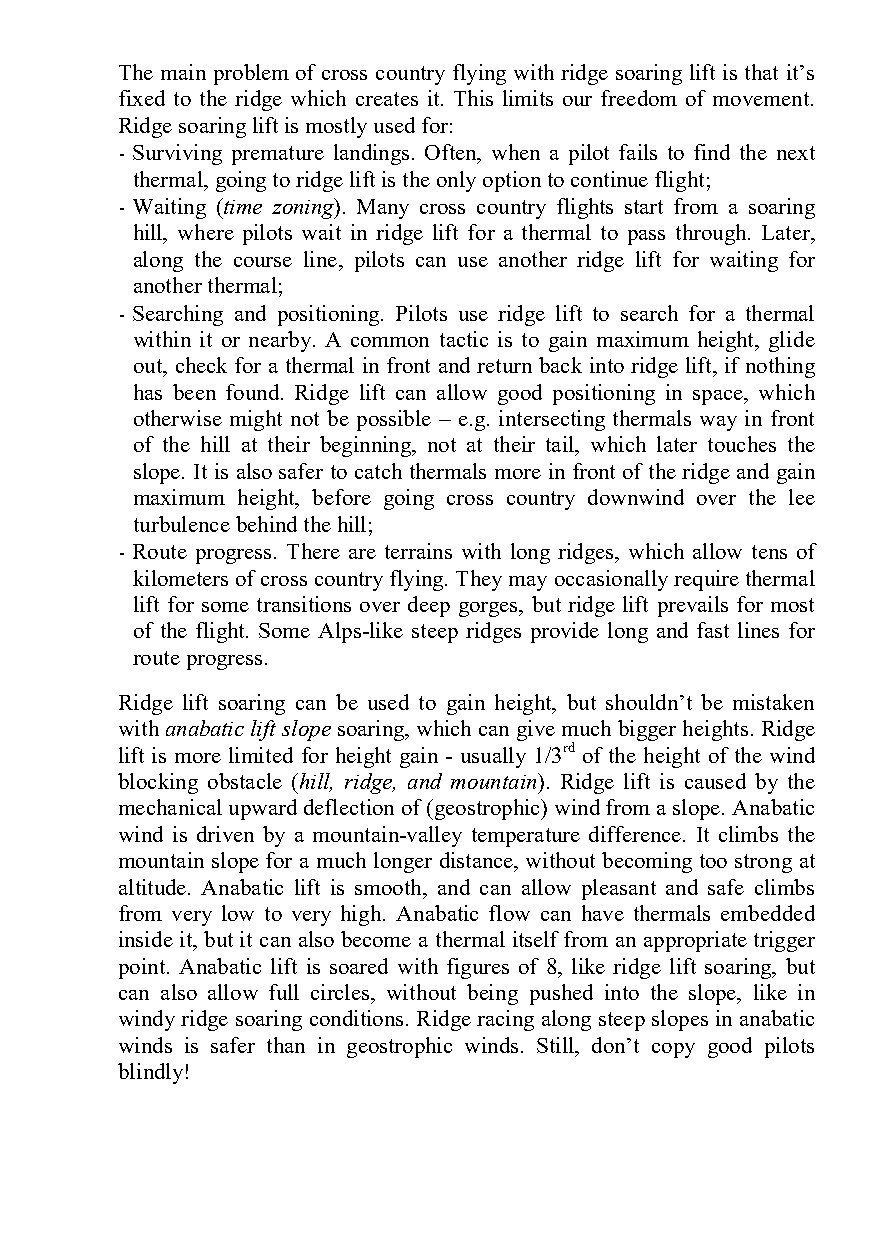
The main problem of cross country flying with ridge soaring lift is that it’s
 fixed to the ridge which creates it. This limits our freedom of movement.
 Ridge soaring lift is mostly used for:
 - Surviving premature landings. Often, when a pilot fails to find the next
 thermal, going to ridge lift is the only option to continue flight;
 - Waiting (time zoning). Many cross country flights start from a soaring
 hill, where pilots wait in ridge lift for a thermal to pass through. Later,
 along the course line, pilots can use another ridge lift for waiting for
 another thermal;
 - Searching and positioning. Pilots use ridge lift to search for a thermal
 within it or nearby. A common tactic is to gain maximum height, glide
 out, check for a thermal in front and return back into ridge lift, if nothing
 has been found. Ridge lift can allow good positioning in space, which
 otherwise might not be possible – e.g. intersecting thermals way in front
 of the hill at their beginning, not at their tail, which later touches the
 slope. It is also safer to catch thermals more in front of the ridge and gain
 maximum height, before going cross country downwind over the lee
 turbulence behind the hill;
 - Route progress. There are terrains with long ridges, which allow tens of
 kilometers of cross country flying. They may occasionally require thermal
 lift for some transitions over deep gorges, but ridge lift prevails for most
 of the flight. Some Alps-like steep ridges provide long and fast lines for
 route progress.
 Ridge lift soaring can be used to gain height, but shouldn’t be mistaken
 with anabatic lift slope soaring, which can give much bigger heights. Ridge
 lift is more limited for height gain - usually 1/3rd of the height of the wind
 blocking obstacle (hill, ridge, and mountain). Ridge lift is caused by the
 mechanical upward deflection of (geostrophic) wind from a slope. Anabatic
 wind is driven by a mountain-valley temperature difference. It climbs the
 mountain slope for a much longer distance, without becoming too strong at
 altitude. Anabatic lift is smooth, and can allow pleasant and safe climbs
 from very low to very high. Anabatic flow can have thermals embedded
 inside it, but it can also become a thermal itself from an appropriate trigger
 point. Anabatic lift is soared with figures of 8, like ridge lift soaring, but
 can also allow full circles, without being pushed into the slope, like in
 windy ridge soaring conditions. Ridge racing along steep slopes in anabatic
 winds is safer than in geostrophic winds. Still, don’t copy good pilots
 blindly!